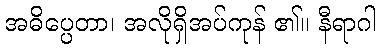
အဓိပ္ပေတာ၊ အလိုရှိအပ်ကုန် ၏။ နီရာဂါ